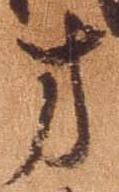
方